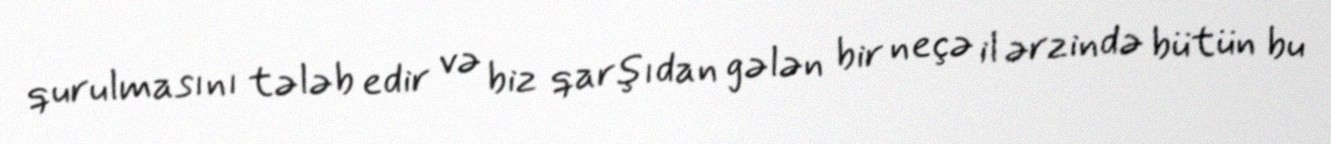
qurulmasını tələb edir və biz qarşıdan gələn bir neçə il ərzində bütün bu